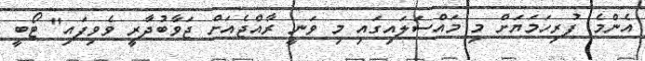
އެންމެ ފުރިހަމަޔަށް މި މައްސަލައިގައި މި ވަނީ ރާއްޖެއަށް ޖަވާބުދާރީ ވެވިފައި" ޓޯބީ